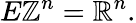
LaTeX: E\mathbb{Z}^{n}=\mathbb{R}^{n}.